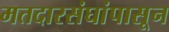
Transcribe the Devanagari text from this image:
मतदारसंघांपासून